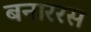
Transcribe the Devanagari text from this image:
बनाररस